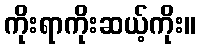
ကိုးရာကိုးဆယ့်ကိုး။